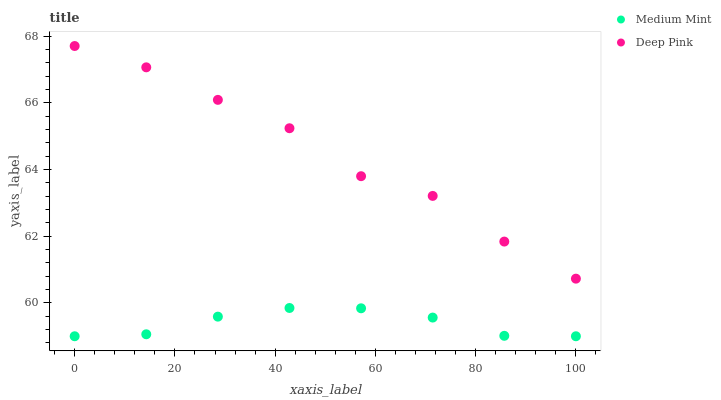
| xaxis_label | Medium Mint | Deep Pink |
 | --- | --- | --- |
 | 0 | 59 | 67.7 |
 | 14.3 | 59.1 | 67.1 |
 | 28.6 | 59.6 | 66.1 |
 | 42.9 | 59.8 | 65.2 |
 | 57.1 | 59.8 | 63.8 |
 | 71.4 | 59.6 | 63.2 |
 | 85.7 | 59 | 61.8 |
 | 100 | 59 | 60.7 |